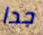
جدا